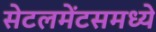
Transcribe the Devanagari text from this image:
सेटलमेंटसमध्ये